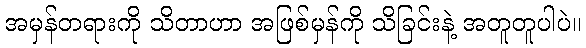
အမှန်တရားကို သိတာဟာ အဖြစ်မှန်ကို သိခြင်းနဲ့ အတူတူပါပဲ။